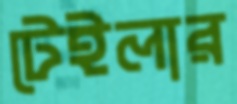
টেইলার